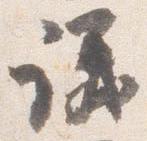
議